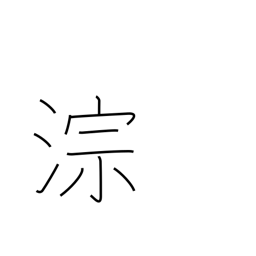
Meaning: sound of running water